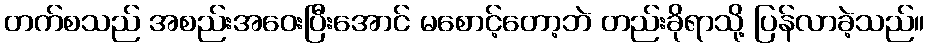
တက်စသည် အစည်းအဝေးပြီးအောင် မစောင့်တော့ဘဲ တည်းခိုရာသို့ ပြန်လာခဲ့သည်။